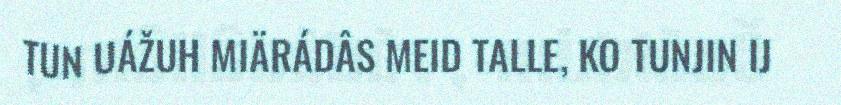
TUN UÁŽUH MIÄRÁDÂS MEID TALLE, KO TUNJIN IJ